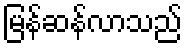
မြန်ဆန်လာသည်